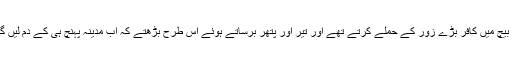
بیچ بیچ میں کافر بڑے زور کے حملے کرتے تھے اور تیر اور پتھر برساتے ہوئے اس طرح بڑھتے کہ اب مدینہ پہنچ ہی کے دم لیں گے۔